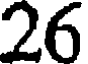
26